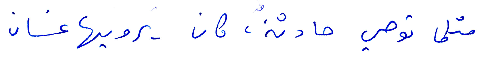
مثلما توصي حادثة، كان يرويها غسان